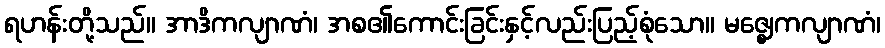
ရဟန်းတို့သည်။ အာဒိကလျာဏံ၊ အစ၏ကောင်းခြင်းနှင့်လည်းပြည့်စုံသော။ မဇ္ဈေကလျာဏံ၊